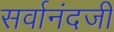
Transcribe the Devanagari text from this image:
सर्वानंदजी